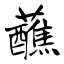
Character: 蘸